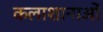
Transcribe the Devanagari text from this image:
कलाशानाओं